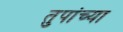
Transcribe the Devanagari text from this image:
तुपांच्या